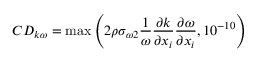
C D _ { k \omega } = \operatorname* { m a x } \Bigg ( 2 \rho \sigma _ { \omega 2 } \frac { 1 } { \omega } \frac { \partial k } { \partial x _ { i } } \frac { \partial \omega } { \partial x _ { i } } , 1 0 ^ { - 1 0 } \Bigg )